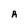
Character: R